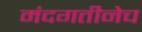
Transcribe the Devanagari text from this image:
मंदगतीनेच